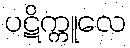
ပဋိက္ကူလေ